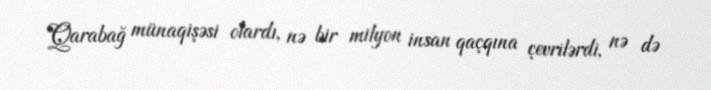
Qarabağ münaqişəsi olardı, nə bir milyon insan qaçqına çevrilərdi, nə də